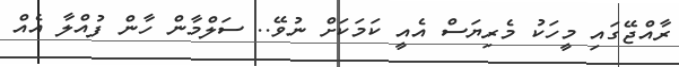
ރާއްޖޭގައި މީހަކު މެރިޔަސް އެއީ ކަމަކަށް ނުވޭ.. ސަލްމާން ހާން ފުއްލާ އެއް